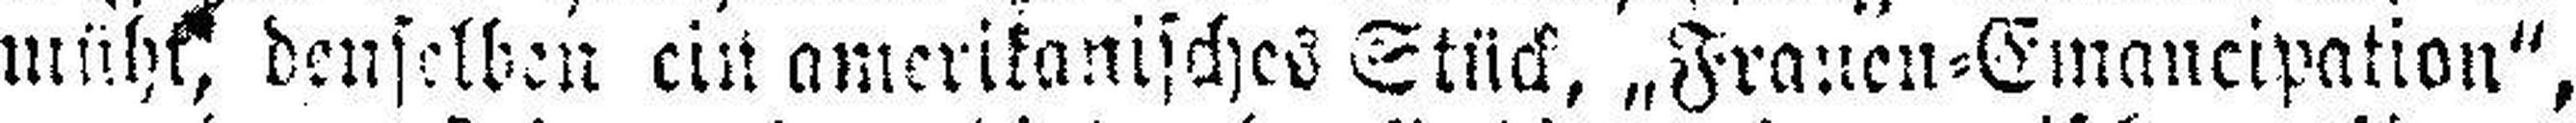
müht, denselben ein amerikanisches Stück, „Frauen=Emancipation“,